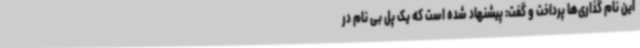
این نام گذاری‌ها پرداخت و گفت: پیشنهاد شده است که یک پل بی نام در